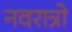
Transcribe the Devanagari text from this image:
नवरात्रो